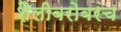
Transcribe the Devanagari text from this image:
शैलीबरोबरच